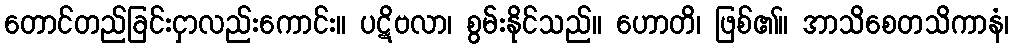
တောင်တည်ခြင်းငှာလည်းကောင်း။ ပဋိဗလာ၊ စွမ်းနိုင်သည်။ ဟောတိ၊ ဖြစ်၏။ အာသိစေတသိကာနံ၊